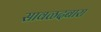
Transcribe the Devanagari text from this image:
सावळदबारा